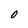
Character: O